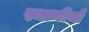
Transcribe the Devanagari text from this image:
स्थानीयों